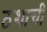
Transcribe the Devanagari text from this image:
ठशाची